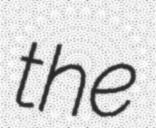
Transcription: the